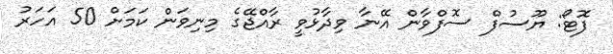
ފޮޓޯ: ޔޫސުފް ސޮފްވާން އޭނާ ވިދާޅުވީ ރާއްޖޭގެ މިނިވަން ކަމަށް 50 އަހަރު